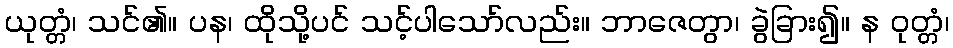
ယုတ္တံ၊ သင်၏။ ပန၊ ထိုသို့ပင် သင့်ပါသော်လည်း။ ဘာဇေတွာ၊ ခွဲခြား၍။ န ဝုတ္တံ၊